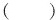
( )